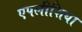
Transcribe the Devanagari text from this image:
एपलीशिया